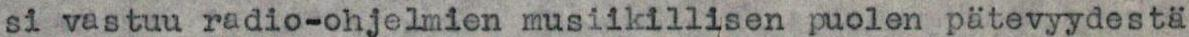
si vastuu radio-ohjelmien musiikillisen puolen pätevyydestä